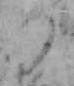
つ